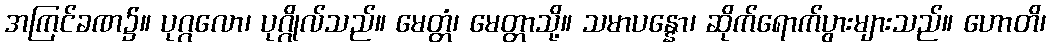
အကြင်ခဏ၌။ ပုဂ္ဂလော၊ ပုဂ္ဂိုလ်သည်။ မေတ္တံ၊ မေတ္တာသို့။ သမာပန္နော၊ ဆိုက်ရောက်ပွားများသည်။ ဟောတိ၊